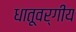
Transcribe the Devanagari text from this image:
धातूवर्गीय